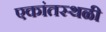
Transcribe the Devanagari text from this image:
एकांतस्थळी